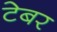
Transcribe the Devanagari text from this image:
टेबर